Insane asylums in Bengal annual reports 1867-1875 - 1867-1875
Year: 1867
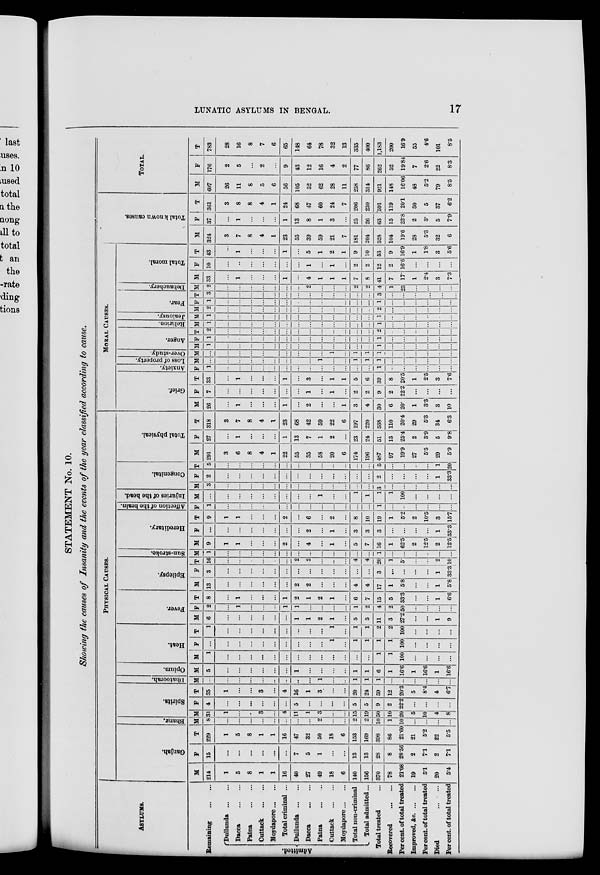
LUNATIC ASYLUMS IN BENGAL.
17
STATEMENT No. 10.
Showing the causes of Insanity and the events of the year classified according to cause.
ASYLUMS.
Remaining
...
...
Admitted.
Dullunda ... ...
Dacca
...
...
Patna
...
...
Cuttack
... ...
Moydapore ... ...
Total criminal ...
Dullunda ... ...
Dacca
...
...
Patna ... ...
Cuttack
...
...
Moydapore ... ...
Total non-criminal
Total admitted...
Total treated ...
Recovered
...
...
Per cent. of total treated
Improved, &c. ... ...
Per cent. of total treated
Died ... ...
Per cent. of total treated
PHYSICAL CAUSES.
Ganjah.
M
214
1
5
8
1
1
16
40
27
49
18
6
140
156
370
78
21.08
19
5.1
20
5.4
F
15
...
...
...
...
...
...
7
5
1
...
...
13
13
28
8
2856
2
7.1
2
71
T
229
1
5
8
1
1
16
47
32
50
18
6
153
169
398
86
21.60
21
5.2
22
55
Bhang.
M
8
...
...
...
...
...
...
...
...
2
...
...
2
2
10
1
10
...
...
...
...
Spirits.
M
31
1
...
...
3
...
4
11
1
3
...
...
15
19
50
10
20
5
10
4
8
F
4
...
...
...
...
...
...
5
...
...
...
...
5
5
9
2
22.2
...
...
...
...
T
35
1
...
...
3
...
4
16
1
3
...
...
20
24
59
12
20.3
5
8.4
4
6.7
Dhatoorah.
M
...
...
...
...
...
...
...
..
...
1
...
...
1
1
1
...
...
...
...
...
...
Opium.
M
5
...
...
...
...
...
...
1
...
...
...
...
1
1
6
1
16.6
1
16.6
1
16.6
Heat.
M
1
...
...
...
...
...
...
...
...
...
...
...
...
...
1
1
100
...
...
...
...
F
...
...
...
...
...
...
...
...
...
...
1
...
1
1
1
1
100
...
...
...
...
T
1
...
...
...
...
...
...
...
...
...
1
...
1
1
2
2
100
...
...
...
...
Fever.
M
6
...
...
...
...
...
...
1
1
2
1
...
5
5
11
3
27.2
...
...
1
9
F
2
...
1
...
...
...
1
1
...
...
...
...
1
2
4
2
50
...
...
...
...
T
8
...
1
...
...
...
1
2
1
2
1
...
6
7
15
5
33.3
...
...
1
6.6
Epilepsy.
M
13
...
...
...
...
...
...
2
2
...
...
...
4
4
17
1
5.8
...
...
1
5.8
F
3
...
...
...
...
...
...
...
...
...
...
...
...
...
3
...
...
...
...
1
33.3
T
16
...
...
...
...
...
...
2
2
...
...
...
4
4
20
1
5.
...
...
2
10
Sun-stroke.
M
1
...
...
...
...
...
...
...
...
...
...
...
...
...
1
...
...
...
...
...
...
Hereditary.
M
9
1
1
...
...
...
2
...
4
...
1
...
5
7
16
1
62.5
2
12.5
2
12.5
F
...
...
...
...
...
...
...
...
2
...
1
...
3
3
3
...
...
...
...
1
33.3
T
9
1
1
...
...
...
2
...
6
...
2
...
8
10
19
1
5.2
2
10.5
3
15.7
Affection of the brain.
F
1
...
...
...
...
...
...
...
...
...
...
...
...
...
1
...
...
...
...
...
...
Injuries of the head.
M
...
...
...
...
...
...
...
...
...
1
...
...
1
1
1
1
100
...
...
...
...
Congenital.
M
3
...
...
...
...
...
...
...
...
...
...
...
...
3
...
...
...
...
...
...
F
2
...
...
...
...
...
...
...
...
...
...
...
...
...
2
...
...
...
...
1
33.3
T
5
...
...
...
...
...
...
...
...
...
...
...
...
5
...
...
1
20
Total physical.
M
291
3
6
8
4
1
22
55
35
58
20
6
174
196
487
97
19.9
27
5.5
29
5.9
F
27
...
1
...
...
...
1
13
7
1
2
...
23
24
51
13
25.4
2
3.9
5
9.8
T
318
3
7
8
4
1
23
68
42
59
22
6
197
220
538
110
20.4
29
5.3
34
6.3
MORAL CAUSES.
Grief.
M
26
...
1
...
...
...
1
...
2
...
...
1
3
4
30
6
20.
1
3.3
3
10
F
7
...
...
...
...
...
...
...
1
...
1
...
2
2
9
2
22.2
...
...
...
...
T
33
...
1
...
...
...
1
...
3
...
1
1
5
6
39
8
20.5
1
2.5
3
7.6
Anxiety.
F
1
...
...
...
...
...
...
...
...
...
...
...
...
1
...
...
...
...
...
...
Loss of property.
M
...
...
...
...
...
...
...
...
...
1
...
...
1
1
1
...
...
...
...
...
...
Over-study.
M
...
...
...
...
...
...
...
...
...
...
1
...
1
1
1
...
...
...
...
...
...
Anger.
M
1
...
...
...
...
...
...
...
...
...
...
...
...
1
...
...
...
...
...
...
F
1
...
...
...
...
...
...
...
...
...
...
...
...
1
...
...
...
...
...
...
T
2
...
...
...
...
...
...
...
...
...
...
...
...
2
...
...
...
...
...
...
Religion.
M
1
...
...
...
...
...
...
...
...
...
...
...
...
1
...
...
...
...
...
...
Jealousy.
M
1
...
...
...
...
...
...
...
...
...
...
...
...
1
...
...
...
...
...
...
Fear.
M
2
...
...
...
...
...
...
...
...
...
...
...
...
2
...
...
...
...
...
...
F
1
...
...
...
...
...
...
...
...
...
...
...
...
1
...
...
...
...
...
...
T
3
...
...
...
...
...
...
...
...
...
...
...
...
3
...
...
...
...
...
...
Debauchery.
M
2
...
...
...
...
...
...
...
2
...
...
...
2
2
4
1
25
...
...
...
...
Total moral.
M
33
...
...
...
...
...
1
...
4
1
1
1
7
8
41
7
17.
1
2.4
3
7.3
F
10
...
...
...
...
...
...
...
1
...
1
...
2
2
12
2
16.6
...
...
...
...
T
43
...
1
...
...
...
1
...
5
1
2
1
9
10
53
9
16.9
1
1.8
3
5.6
Total known causes.
M
324
3
7
8
4
1
23
55
39
59
21
7
181
204
528
104
19.6
28
5.3
32
6
F
37
...
1
...
...
...
1
13
8
1
3
...
25
26
63
15
23.8
2
3.
5
7.9
T
361
3
8
8
4
1
24
68
47
60
24
7
206
230
591
119
20.1
30
5
37
6.2
TOTAL.
M
607
26
11
8
5
6
56
105
52
62
28
11
258
314
921
148
16.06
48
5.2
79
8.5
F
176
2
5
...
2
...
9
43
12
16
4
2
77
86
262
52
19.84
7
2.6
22
8.3
T
783
28
16
8
7
6
65
148
64
78
32
13
335
400
1,183
200
16.9
55
4.6
101
8.5